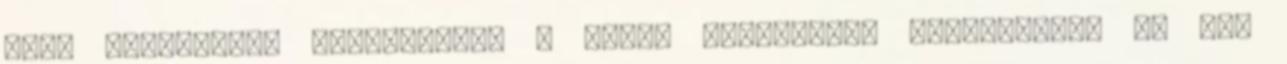
mire értetlenül felröhögök. - Zayn, tudományos szempontból ez nem